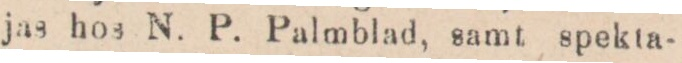
jas hos N. P. Palmblad, samt spekta-